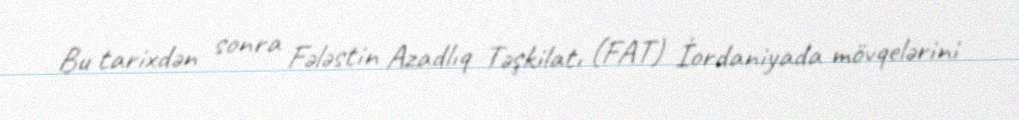
Bu tarixdən sonra Fələstin Azadlıq Təşkilatı (FAT) İordaniyada mövqelərini